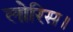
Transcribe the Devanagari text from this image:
लोरिस।